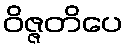
ဝိဇ္ဇတိပေ